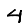
Digit: 4